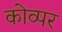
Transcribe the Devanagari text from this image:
कोव्पर